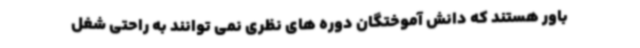
باور هستند که دانش آموختگان دوره های نظری نمی توانند به راحتی شغل